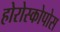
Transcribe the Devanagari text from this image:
होरोस्कोपोस